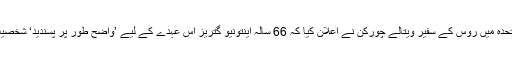
اقوام متحدہ میں روس کے سفیر ویتالے چوركن نے اعلان کیا کہ 66 سالہ اینتونیو گتریز اس عہدے کے لیے ’واضح طور پر پسندید‘ شخصیت ہیں۔